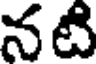
నటి